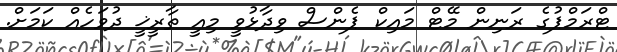
ޓްރަމްޕުގެ ރަނިން މޭޓް މައިކް ޕެންސް ވިދާޅުވީ މިއީ ތާރީޚީ ދުވަހެއް ކަމަށް.